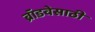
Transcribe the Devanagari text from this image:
ब्रॉडवेसाठी